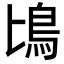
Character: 𩾕